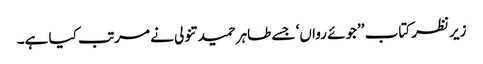
زیرنظر کتاب ’’جوئے رواں‘ جسے طاہر حمید تنولی نے مرتب کیا ہے۔